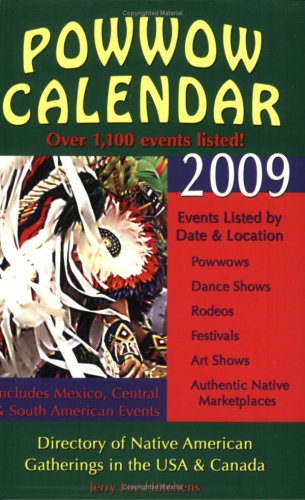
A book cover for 2009 Powwow Calendar: Directory of Native American Gatherings in the USA & Canada (Powwow Calendar: Guide to Native American Gatherings in the U.S.A. & Canada); Jerry Lee Hutchens; Calendars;